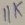
Text: 11K